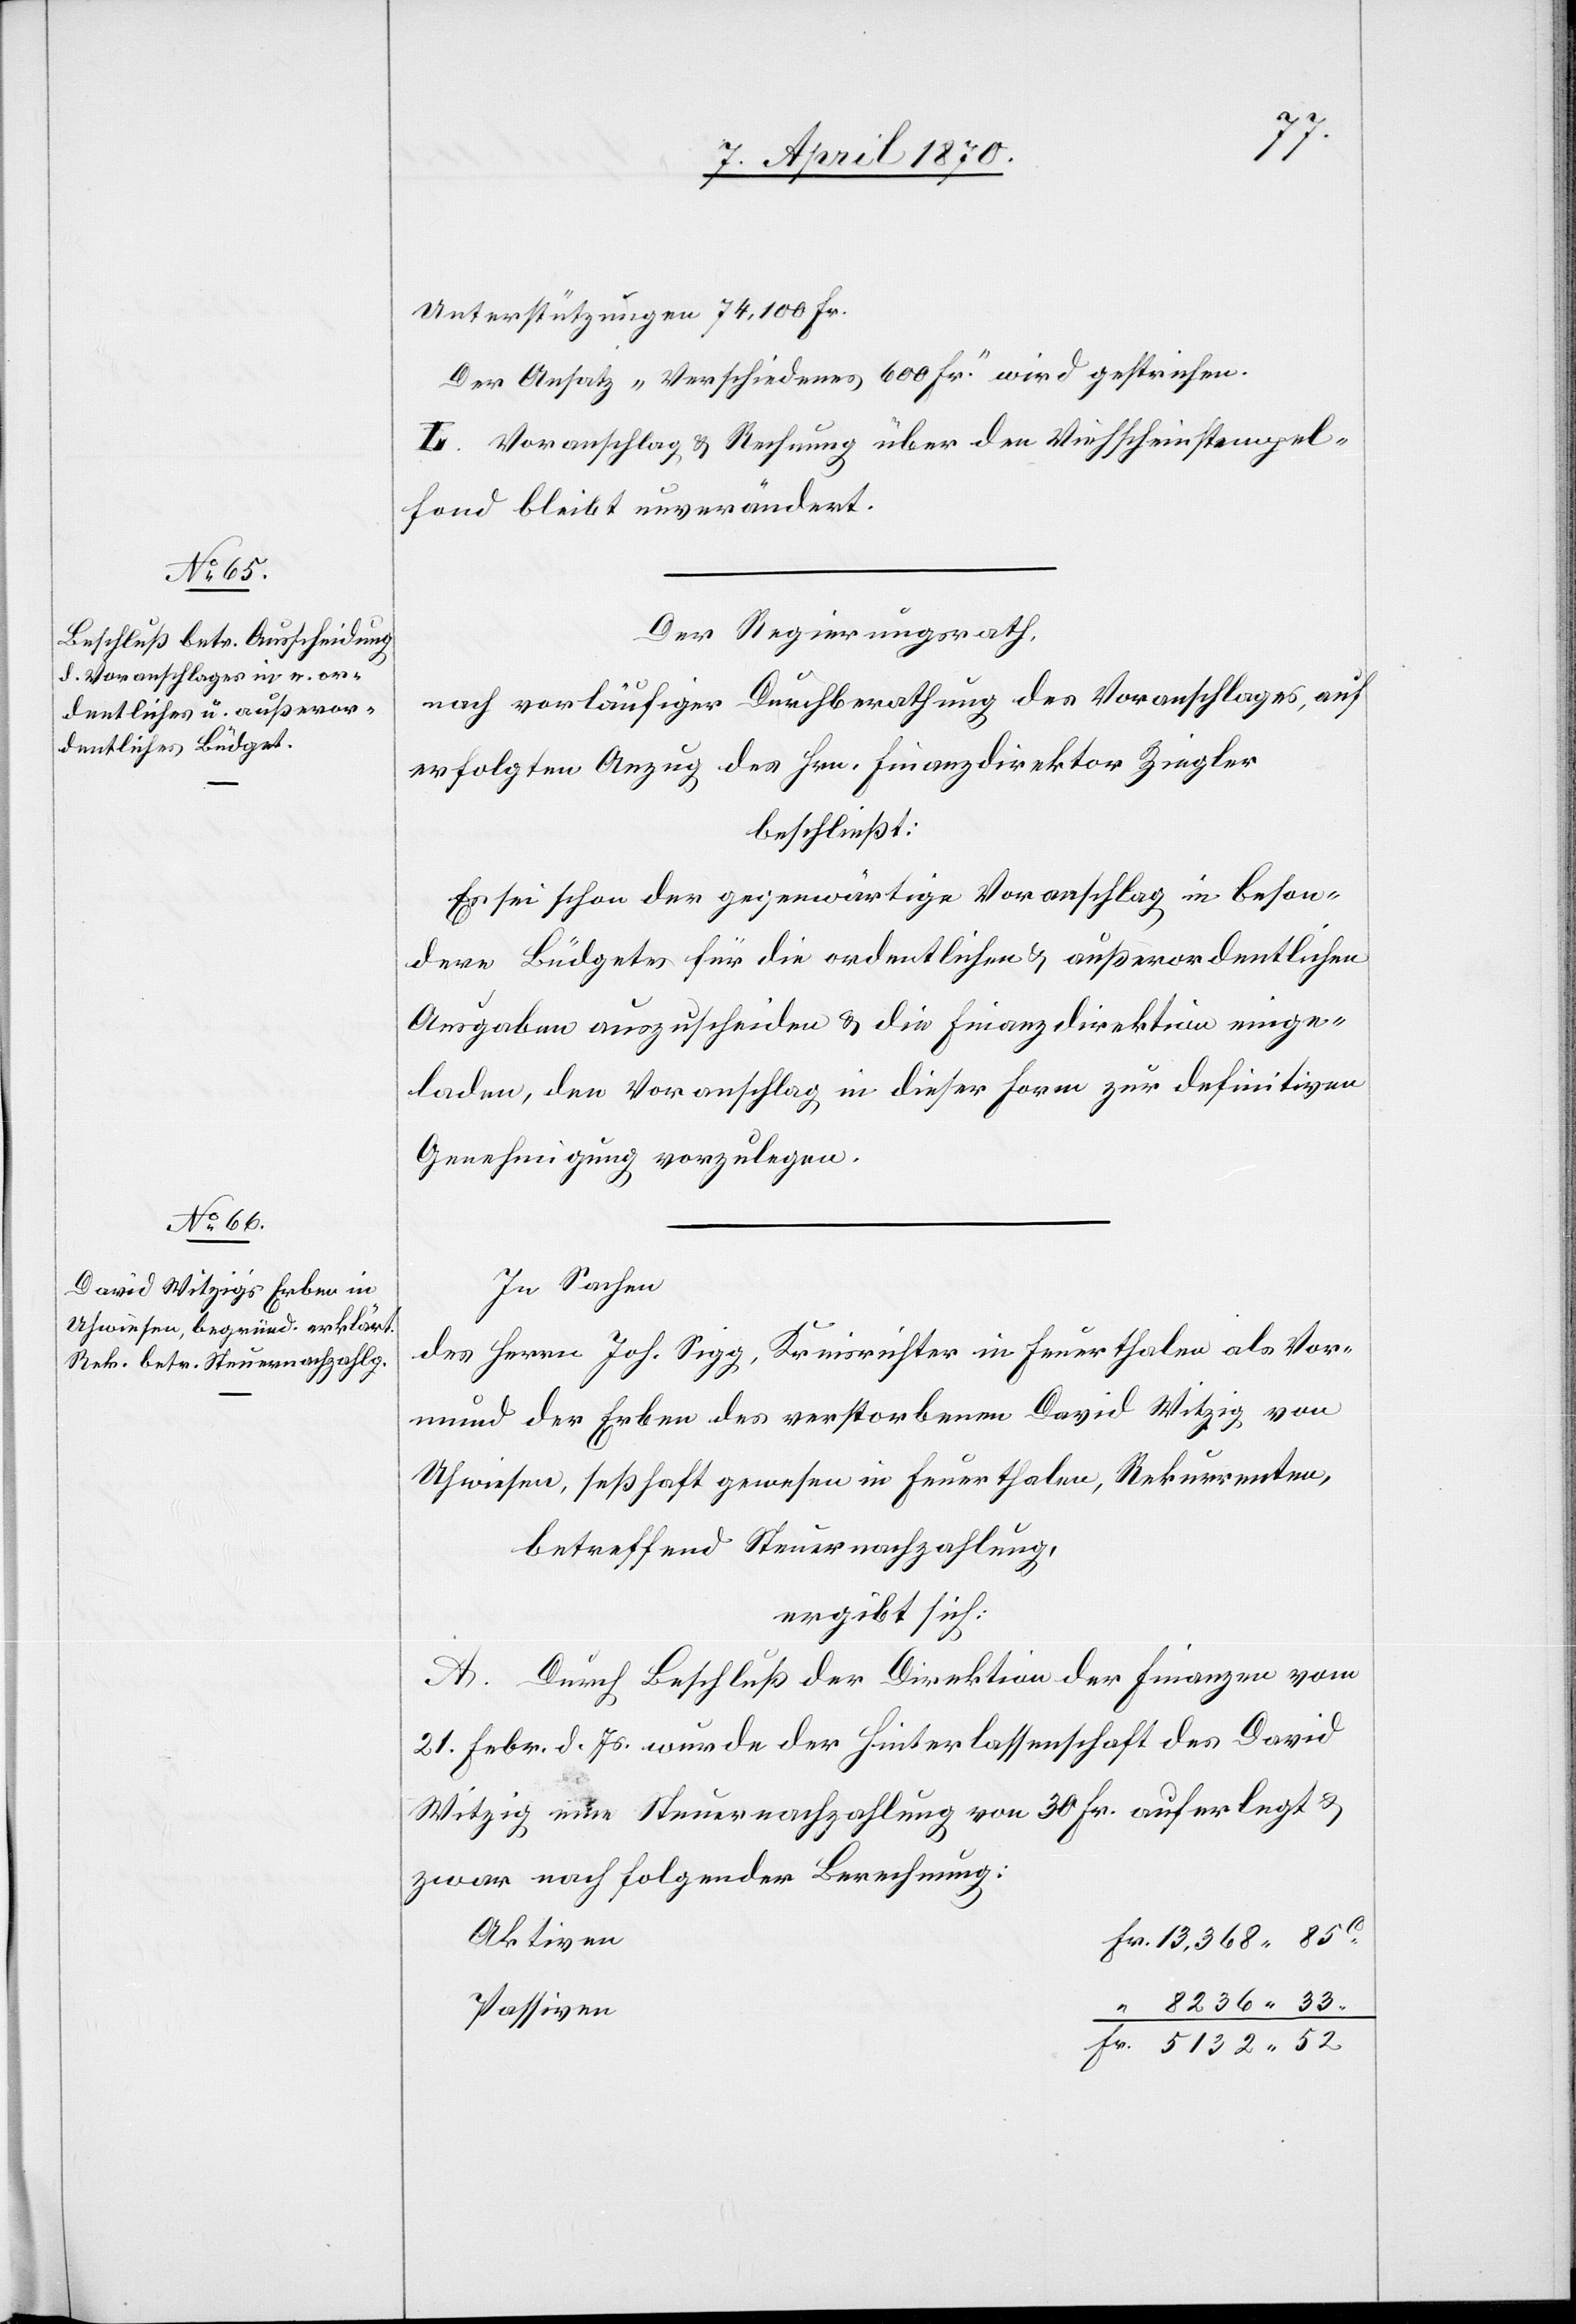
Fr.
Unterstützungen 74,100 Fr.
Der Ansatz „Verschiedenes 600 Fr.“ wird gestrichen.
L. Voranschlag & Rechnung über den Viehscheinstempel¬
fond bleibt unverändert.
Der Regierungsrath,
nach vorläufiger Durchberathung des Voranschlages, auf
erfolgten Anzug des Hrn. Finanzdirektor Ziegler
beschließt:
Es sei schon der gegenwärtige Voranschlag in beson¬
dere Büdgets für die ordentlichen & außerordentlichen
Ausgaben auszuscheiden & die Finanzdirektion einge¬
laden, den Voranschlag in dieser Form zur definitiven
Genehmigung vorzulegen.
In Sachen
des Herrn Joh. Sigg, Kreisrichter in Feuerthalen als Vor¬
mund der Erben des verstorbenen David Witzig von
Uhwiesen, seßhaft gewesen in Feuerthalen, Rekurrenten,
betreffend Steuernachzahlung,
ergibt sich:
A. Durch Beschluß der Direktion der Finanzen vom
21. Febr. d. Js. wurde der Hinterlassenschaft des David
Witzig eine Steuernachzahlung von 30 Fr. auferlegt &
zwar nach folgender Berechnung:
Aktiven
Passiven